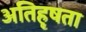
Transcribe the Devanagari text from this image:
अतिहृषता